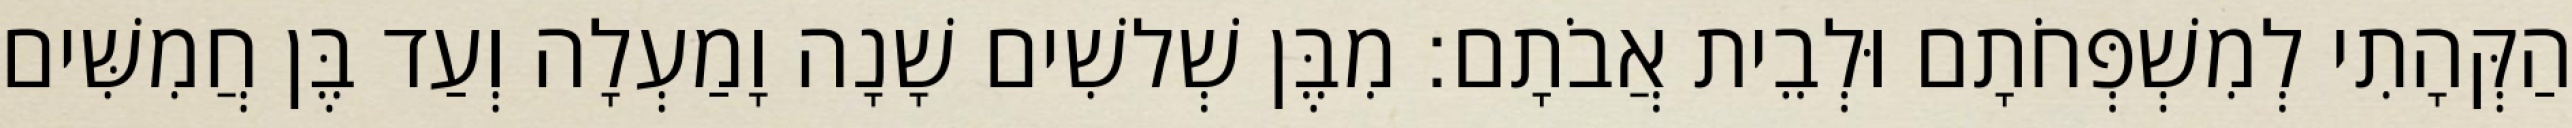
הַקְּהָתִי לְמִשְׁפְּחֹתָם וּלְבֵית אֲבֹתָם׃ מִבֶּן שְׁלשִׁים שָׁנָה וָמַעְלָה וְעַד בֶּן חֲמִשִּׁים